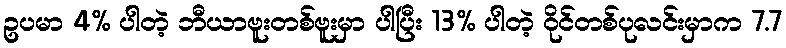
ဥပမာ 4% ပါတဲ့ ဘီယာဗူးတစ်ဗူးမှာ ပါပြီး 13% ပါတဲ့ ဝိုင်တစ်ပုလင်းမှာက 7.7